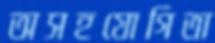
অসহযোগিতা